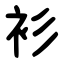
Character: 衫